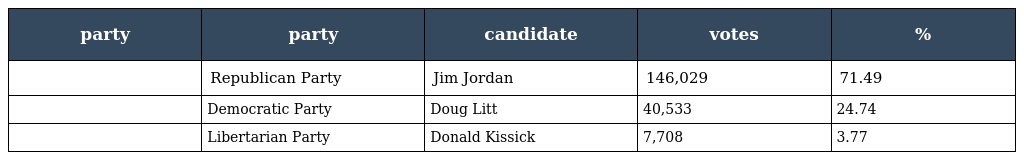
| party | party | candidate | votes | % |
 | --- | --- | --- | --- | --- |
 |  | Republican Party | Jim Jordan | 146,029 | 71.49 |
 |  | Democratic Party | Doug Litt | 40,533 | 24.74 |
 |  | Libertarian Party | Donald Kissick | 7,708 | 3.77 |